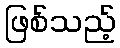
ဖြစ်သည့်